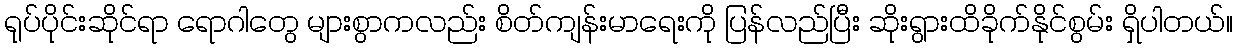
ရုပ်ပိုင်းဆိုင်ရာ ရောဂါတွေ များစွာကလည်း စိတ်ကျန်းမာရေးကို ပြန်လည်ပြီး ဆိုးရွားထိခိုက်နိုင်စွမ်း ရှိပါတယ်။